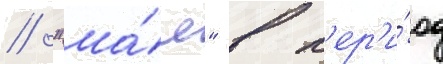
// "ма́я" в п'ер'и́од